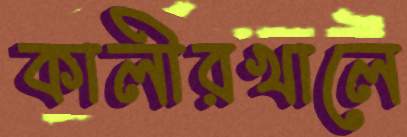
কালীরখালে